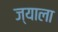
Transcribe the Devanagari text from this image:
ज्‍याला